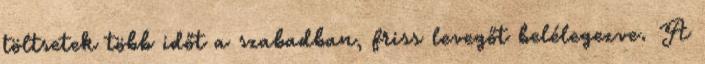
töltsetek több időt a szabadban, friss levegőt belélegezve. A